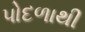
પોદળાથી